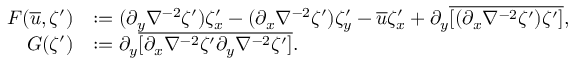
\begin{array} { r l } { F ( \overline { { u } } , \zeta ^ { \prime } ) } & { : = ( \partial _ { y } \nabla ^ { - 2 } \zeta ^ { \prime } ) \zeta _ { x } ^ { \prime } - ( \partial _ { x } \nabla ^ { - 2 } \zeta ^ { \prime } ) \zeta _ { y } ^ { \prime } - \overline { { u } } \zeta _ { x } ^ { \prime } + \partial _ { y } \overline { { [ ( \partial _ { x } \nabla ^ { - 2 } \zeta ^ { \prime } ) \zeta ^ { \prime } ] } } , } \\ { G ( \zeta ^ { \prime } ) } & { : = \partial _ { y } \overline { { [ \partial _ { x } \nabla ^ { - 2 } \zeta ^ { \prime } \partial _ { y } \nabla ^ { - 2 } \zeta ^ { \prime } ] } } . } \end{array}